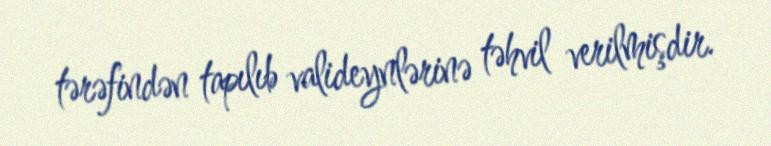
tərəfindən tapılıb valideynlərinə təhvil verilmişdir.